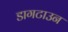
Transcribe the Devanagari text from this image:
डागटाउन